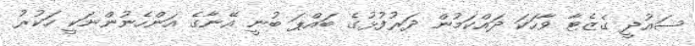
ސައުދީ ގެޒެޓާ ވާހަކަ ދައްކަމުން ދަރުފުޅުގެ ބައްޕަ ބުނީ އޭނާގެ އަންހެނުންނަކީ ހަކުރު